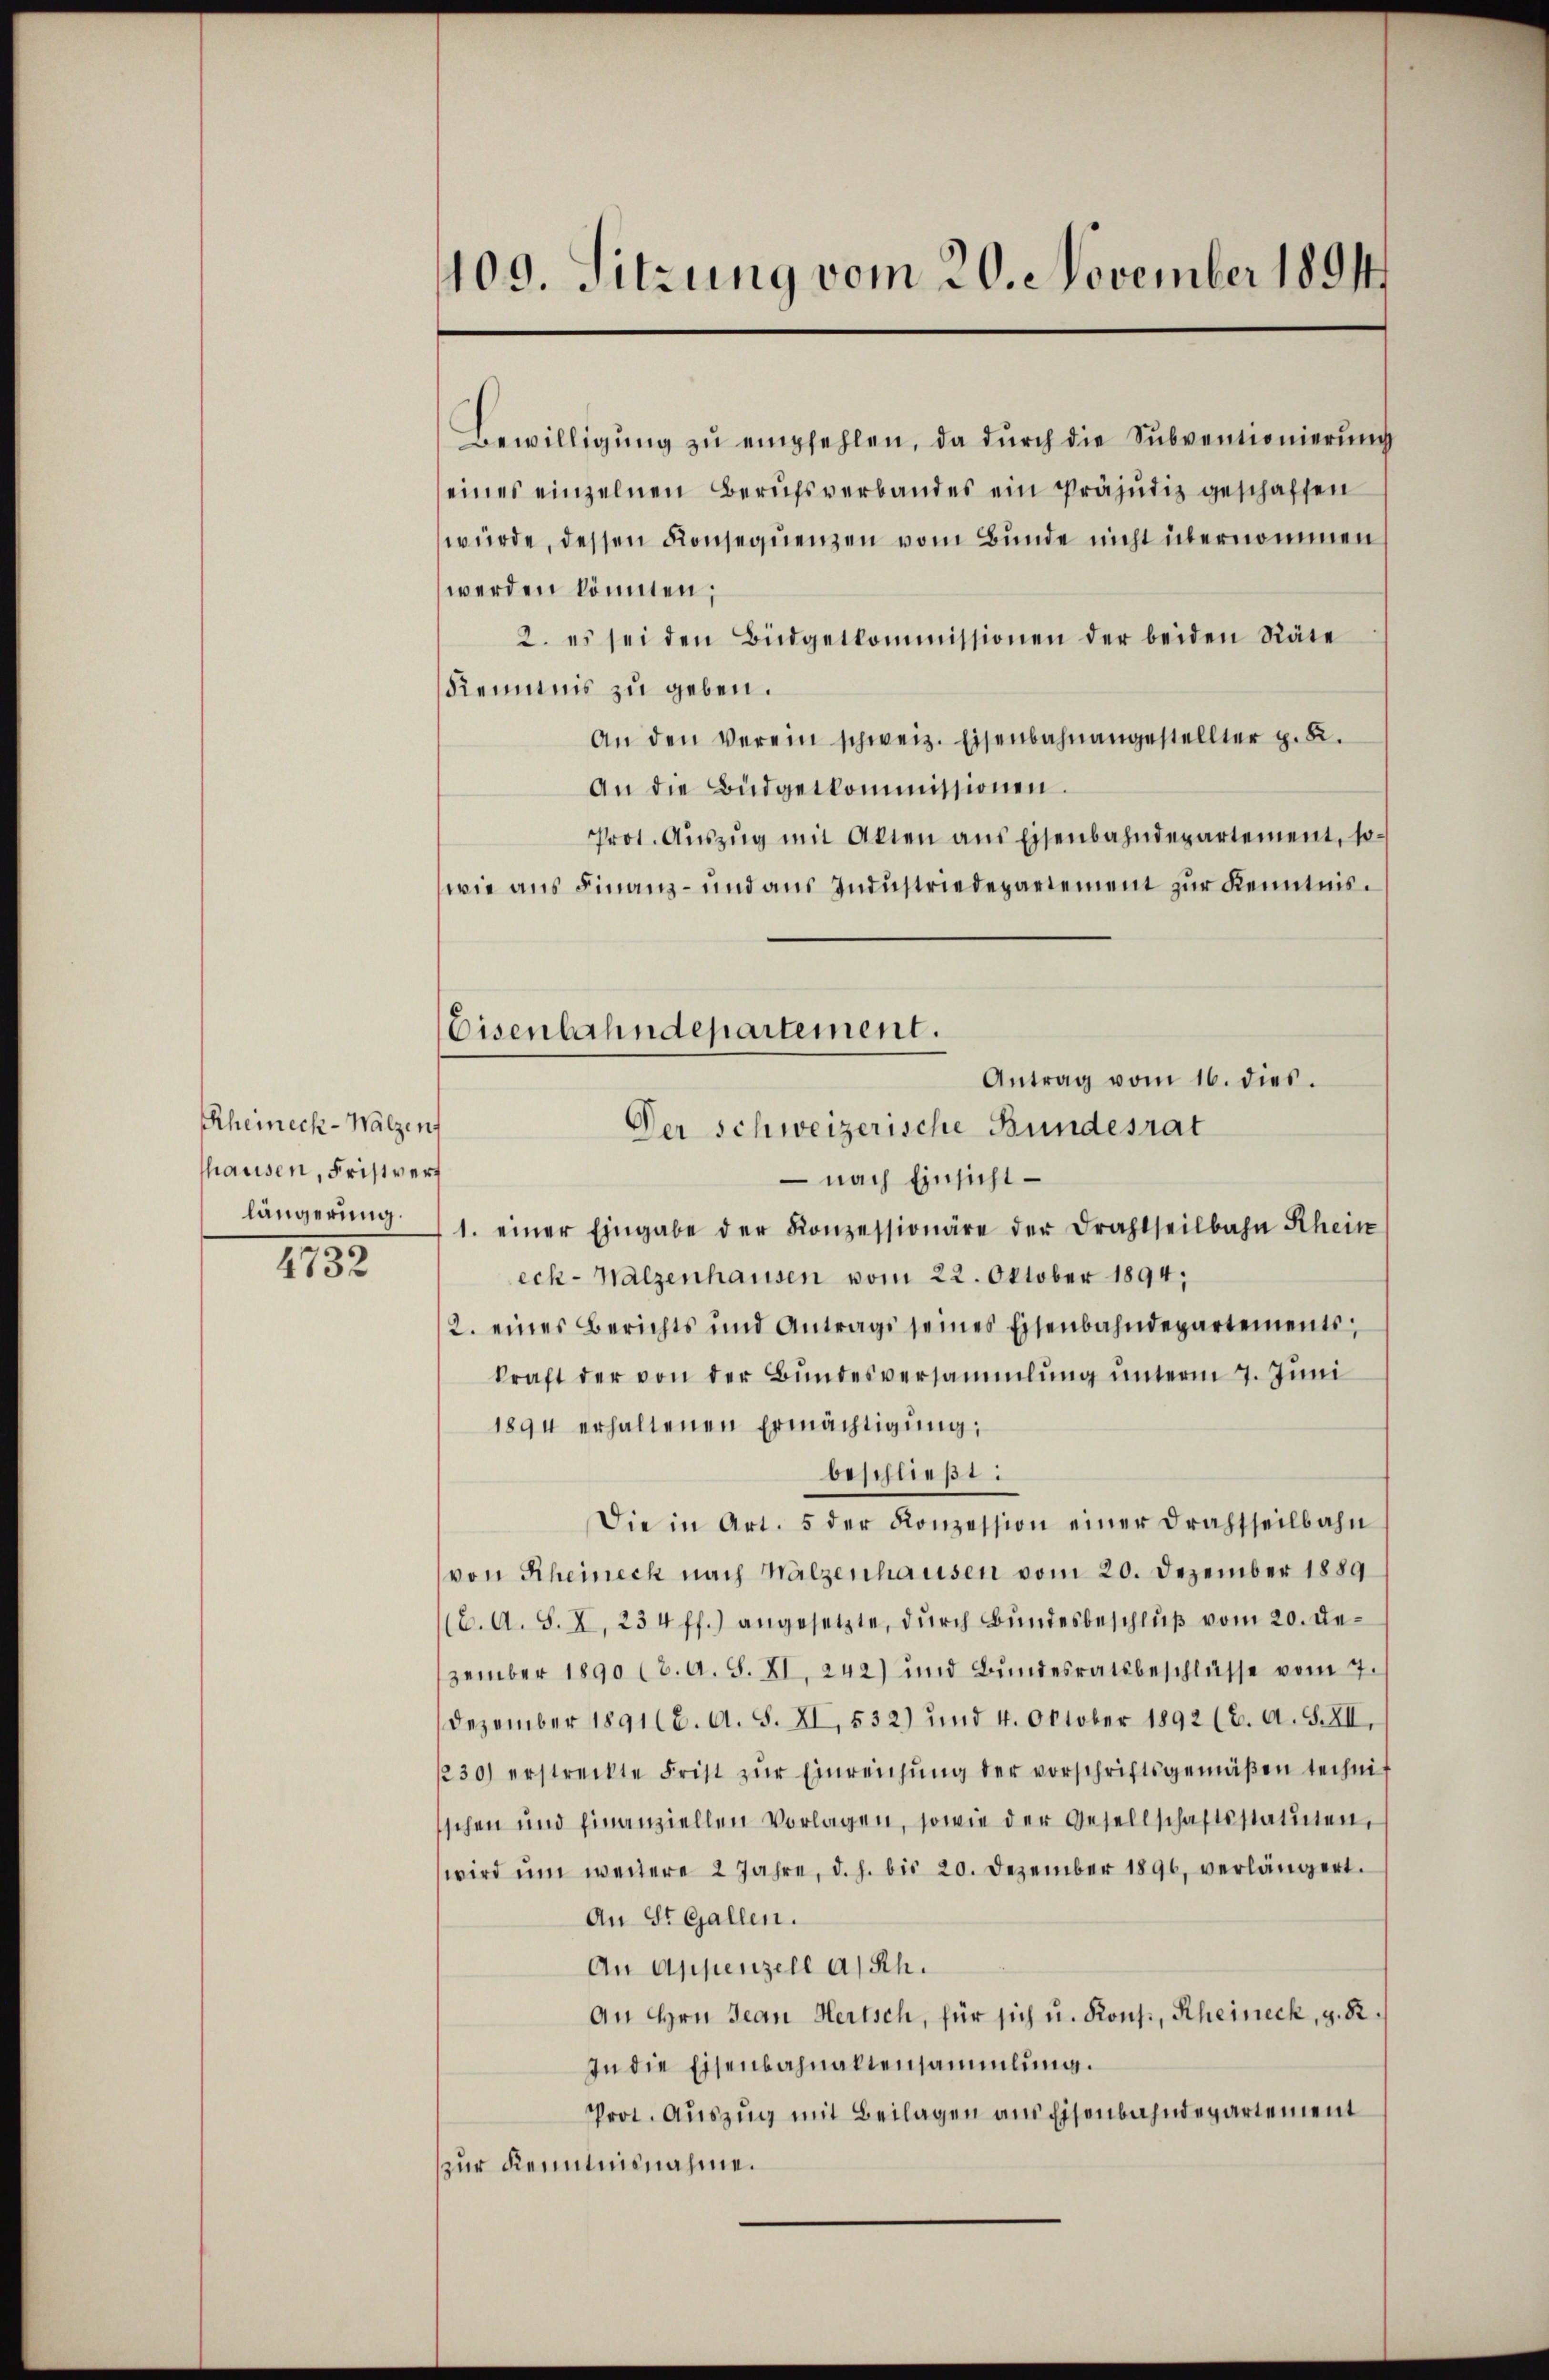
Rheineck-Walzen
shausen, Fristvert
längerung.

4732

109. Sitzung vom 20. November 1891

Bewilligŭng zŭ empfehlen, da dŭrch die Sŭbventionierŭng
eines einzelnen Berufsverbandes ein Präjudiz geschaffen
würde, dessen Konsequenzen vom Bunde nicht übernommen
werden könnten;
2. es sei den Büdgetkommissionen der beiden Räte
Kenntnis zu geben.
An den verein schweiz. Eisenbahnangestellter p. 2.
An die Büdgetkommissionen.
Prot. Aŭszŭg mit Akten aus Eisenbahndepartement, sowie ans Finanz- und aŭs Indŭstriedepartement zŭr Kenntnis.
Antrag vom 16. dies.
Der Schweizerische Bundesrat
 nach Einsicht –
1. einer Eingabe der Konzessionäre der Drahtseilbahn Schein
eck- Walzenhausen vom 22. Oktober 1894;
2. eines Berichts und Antrags seines Eisenbahndepartements,
kraft der von der Bŭndesversammlŭng ŭnterm 7. Jŭni
1894 erhaltenen Ermächtigŭng:
beschließt:
Die in Art. 5 der Konzession einer Drahtheilbahn
von Rheineck nach Walzenhausen vom 20. Dezember 1889
(C. A. S. X. 234 ff.) angesetzte, durch Bundesbeschluß vom 20. Dezember 1890 (2. A. S. XI. 242) und Bundesratsbeschlüsse vom 7.
Dezember 1891 (6. A. S. XI. 532) und 4. Oktober 1892 (2. A. S. XII.
230) erstreckte Frist zŭr Einreichŭng der vorschriftsgemäβen technit
schen und einanziellen Vorlagen, sowie der Gesellschaftsstatuten,
wird ŭm weitere 2 Jahre, d. h. bis 20. Dezember 1896, verlängert.
An St. Gallen.
An Appenzell a/Rh.
An Hrn. Jean Hertsch, für sich u. Kons., Rheineck, z. R.
In die Eisenbahnaltensammlung.
Prot. Aŭszŭg mit Beilagen aus Eisenbahndepartement
zur Kenntnisnahme.

Eisenbahndepartement.